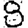
Digit: 8